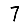
Digit: 7